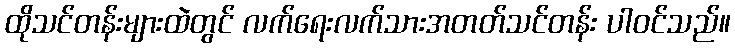
ထိုသင်တန်းများထဲတွင် လက်ရေးလက်သားအတတ်သင်တန်း ပါဝင်သည်။